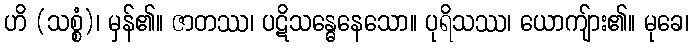
ဟိ (သစ္စံ)၊ မှန်၏။ ဇာတဿ၊ ပဋိသန္ဓေနေသော။ ပုရိသဿ၊ ယောကျ်ား၏။ မုခေ၊